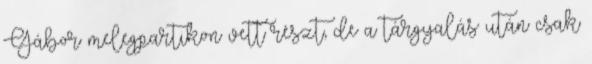
Gábor melegpartikon vett részt, de a tárgyalás után csak